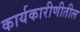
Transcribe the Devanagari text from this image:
कार्यकारीणीतील